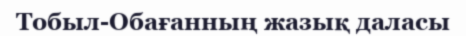
Тобыл-Обағанның жазық даласы